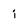
Character: i